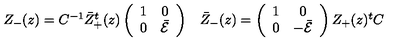
\begin{array} { c c } { Z _ { - } ( z ) = C ^ { - 1 } \bar { Z } _ { + } ^ { t } ( z ) \left( \begin{array} { c c } { 1 } & { 0 } \\ { 0 } & { \bar { \cal E } } \\ \end{array} \right) } & { \bar { Z } _ { - } ( z ) = \left( \begin{array} { c c } { 1 } & { 0 } \\ { 0 } & { - \bar { \cal E } } \\ \end{array} \right) Z _ { + } ( z ) { } ^ { t } C } \\ \end{array}